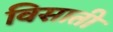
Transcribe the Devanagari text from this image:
विसाती